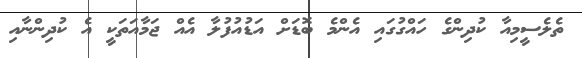
ތެލެސީމިއާ ކުދިންގެ ހައްގުގައި އެންމެ ބޮޑަށް އަޑުއުފުލާ އެއް ޖަމާއަތަކީ އެ ކުދިންނާއި